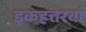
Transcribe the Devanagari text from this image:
इकहत्तरवां